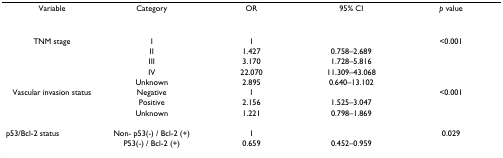
<table><thead><tr><td><b>Variable</b></td><td><b>Category</b></td><td><b>OR</b></td><td><b>95% CI</b></td><td><b><i>p </i>value</b></td></tr></thead><tbody><tr><td>TNM stage</td><td>I</td><td>1</td><td></td><td>&lt;0.001</td></tr><tr><td></td><td>II</td><td>1.427</td><td>0.758–2.689</td><td></td></tr><tr><td></td><td>III</td><td>3.170</td><td>1.728–5.816</td><td></td></tr><tr><td></td><td>IV</td><td>22.070</td><td>11.309–43.068</td><td></td></tr><tr><td></td><td>Unknown</td><td>2.895</td><td>0.640–13.102</td><td></td></tr><tr><td>Vascular invasion status</td><td>Negative</td><td>1</td><td></td><td>&lt;0.001</td></tr><tr><td></td><td>Positive</td><td>2.156</td><td>1.525–3.047</td><td></td></tr><tr><td></td><td>Unknown</td><td>1.221</td><td>0.798–1.869</td><td></td></tr><tr><td>p53/Bcl-2 status</td><td>Non- p53(-) / Bcl-2 (+)</td><td>1</td><td></td><td>0.029</td></tr><tr><td></td><td>P53(-) / Bcl-2 (+)</td><td>0.659</td><td>0.452–0.959</td><td></td></tr></tbody></table>